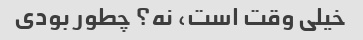
خیلی وقت است، نه؟ چطور بودی